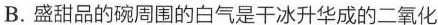
B.盛甜品的碗周围的白气是干冰升华成的二氧化